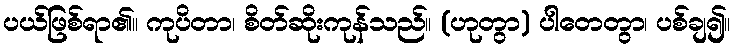
ပယ်ဖြစ်ရာ၏။ ကုပိတာ၊ စိတ်ဆိုးကုန်သည်။ (ဟုတွာ) ပါတေတွာ၊ ပစ်ချ၍။